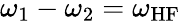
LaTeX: \omega_{1}-\omega_{2}=\omega_{\mathrm{HF}}